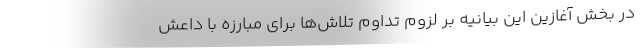
در بخش آغازین این بیانیه بر لزوم تداوم تلاش‌ها برای مبارزه با داعش